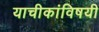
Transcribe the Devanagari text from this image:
याचीकांविषयी